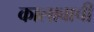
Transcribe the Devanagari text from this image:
कालावाची